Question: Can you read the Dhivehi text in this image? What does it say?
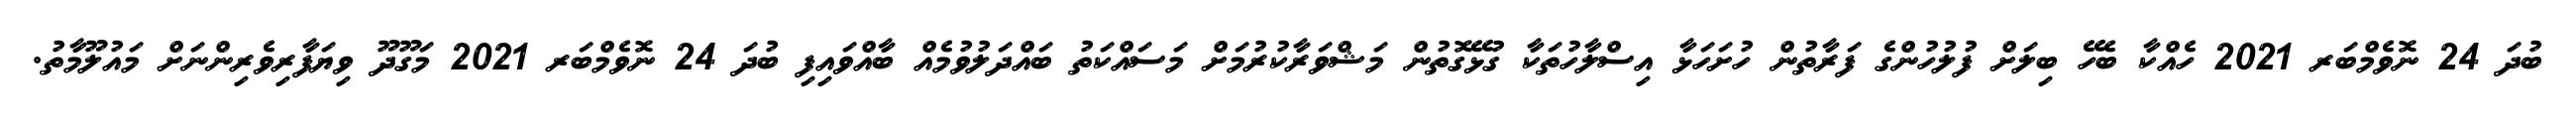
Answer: ބުދަ 24 ނޮވެމްބަރ 2021 ހެއްކާ ބެހޭ ބިލަށް ފުލުހުންގެ ފަރާތުން ހުށަހަޅާ އިސްލާހުތަކާ ގުޅޭގޮތުން މަޝްވަރާކުރުމަށް މަސައްކަތު ބައްދަލުވުމެއް ބާއްވައިފި ބުދަ 24 ނޮވެމްބަރ 2021 މަގޫދޫ ވިޔަފާރިވެރިންނަށް މައުލޫމާތު.